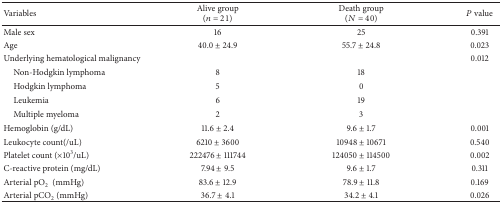
<table><thead><tr><td><b>Variables</b></td><td><b>Alive group (<i>n</i> = 21)</b></td><td><b>Death group (<i>N</i> = 40)</b></td><td><b><i>P</i> value</b></td></tr></thead><tbody><tr><td>Male sex</td><td>16</td><td>25</td><td>0.391</td></tr><tr><td>Age </td><td>40.0 ± 24.9</td><td>55.7 ± 24.8</td><td>0.023</td></tr><tr><td>Underlying hematological malignancy</td><td> </td><td> </td><td>0.012</td></tr><tr><td> Non-Hodgkin lymphoma</td><td>8</td><td>18</td><td> </td></tr><tr><td> Hodgkin lymphoma</td><td>5</td><td>0</td><td> </td></tr><tr><td> Leukemia</td><td>6</td><td>19</td><td> </td></tr><tr><td> Multiple myeloma</td><td>2</td><td>3</td><td> </td></tr><tr><td>Hemoglobin (g/dL)</td><td>11.6 ± 2.4</td><td>9.6 ± 1.7</td><td>0.001</td></tr><tr><td>Leukocyte count(/uL)</td><td>6210 ± 3600</td><td>10948 ± 10671</td><td>0.540</td></tr><tr><td>Platelet count (×10<sup>3</sup>/uL)</td><td>222476 ± 111744</td><td>124050 ± 114500</td><td>0.002</td></tr><tr><td>C-reactive protein (mg/dL)</td><td>7.94 ± 9.5</td><td>9.6 ± 1.7</td><td>0.311</td></tr><tr><td>Arterial pO<sub>2</sub> (mmHg)</td><td>83.6 ± 12.9</td><td>78.9 ± 11.8</td><td>0.169</td></tr><tr><td>Arterial pCO<sub>2</sub> (mmHg)</td><td>36.7 ± 4.1</td><td>34.2 ± 4.1</td><td>0.026</td></tr></tbody></table>